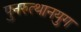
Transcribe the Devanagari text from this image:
पुनरुत्थानयुग